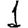
Digit: 1